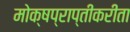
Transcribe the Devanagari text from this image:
मोक्षप्राप्तीकरीता